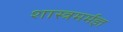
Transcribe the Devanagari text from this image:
शास्त्रमर्मज्ञ